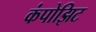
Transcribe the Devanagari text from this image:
कंपोझिट